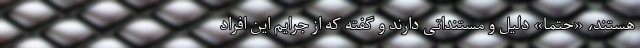
هستند، «حتما» دلیل و مستنداتی دارند و گفته که از جرایم این افراد